King Institute of Preventive Medicine Bacteriolog. Section reports 1907-08
Year: 1907
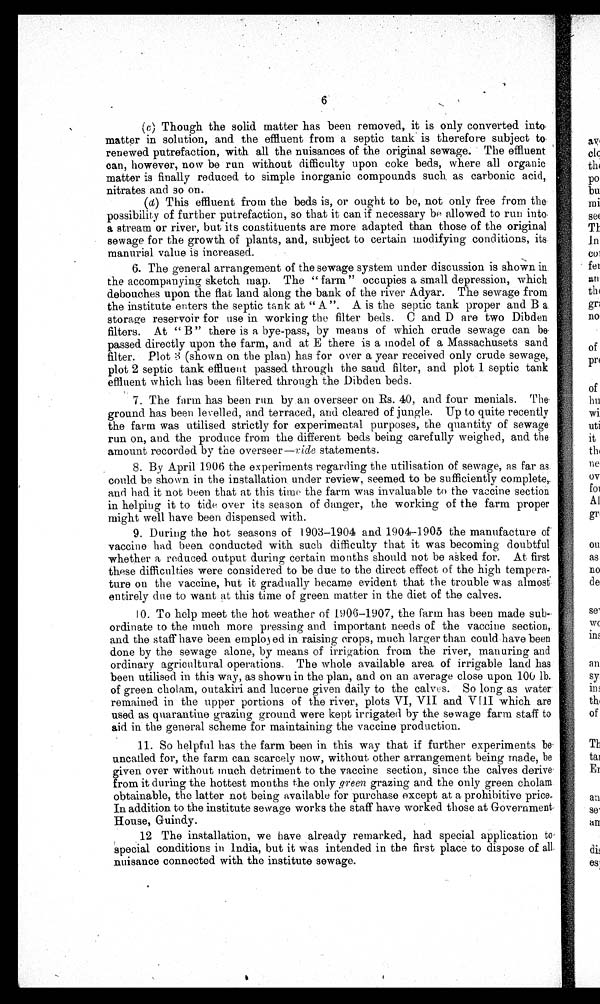
6
(c) Though the solid matter has been removed, it is only converted into
matter in solution, and the effluent from a septic tank is therefore subject
to renewed putrefaction, with all the nuisances of the original sewage. The effluent
can, however, now be run without difficulty upon coke beds, where all organic
matter is finally reduced to simple inorganic compounds such as carbonic acid,
nitrates and so on.
(d) This effluent from the beds is, or ought to be, not only free from the
possibility of further putrefaction, so that it can if necessary be allowed to run
into a stream or river, but its constituents are more adapted than those of the original
sewage for the growth of plants, and, subject to certain modifying conditions, its
manurial value is increased.
6. The general arrangement of the sewage system under discussion is shown in
the accompanying sketch map. The "farm" occupies a small depression, which
debouches upon the flat land along the bank of the river Adyar. The sewage from
the institute enters the septic tank at "A". A is the septic tank proper and B a
storage reservoir for use in working the filter beds. C and D are two Dibden
filters. At "B" there is a bye-pass, by means of which crude sewage can be
passed directly upon the farm, and at E there is a model of a Massachusets sand
filter. Plot 3 (shown on the plan) has for over a year received only crude sewage,
plot 2 septic tank effluent passed through the sand filter, and plot 1 septic tank
effluent which has been filtered through the Dibden beds.
7. The farm has been run by an overseer on Rs. 40, and four menials. The
ground has been levelled, and terraced, and cleared of jungle. Up to quite recently
the farm was utilised strictly for experimental purposes, the quantity of sewage
run on, and the produce from the different beds being carefully weighed, and the
amount recorded by the overseer— ride statements.
8. By April 1906 the experiments regarding the utilisation of sewage, as far as
could be shown in the installation under review, seemed to be sufficiently complete,
and had it not been that at this time the farm was invaluable to the vaccine section
in helping it to tide over its season of danger, the working of the farm proper
might well have been dispensed with.
9. During the hot seasons of 1903-1904 and 1904-1905 the manufacture of
vaccine had been conducted with such difficulty that it was becoming doubtful
whether a reduced output during certain months should not be asked for. At first
these difficulties were considered to be due to the direct effect of the high tempera-
ture on the vaccine, hut it gradually became evident that the trouble was almost
entirely due to want at this time of green matter in the diet of the calves.
10. To help meet the hot weather of 1906-1907, the farm has been made sub-
ordinate to the much more pressing and important needs of the vaccine section,
and the staff have been employed in raising crops, much larger than could have been
done by the sewage alone, by means of irrigation from the river, manuring and
ordinary agricultural operations. The whole available area of irrigable land has
been utilised in this way, as shown in the plan, and on an average close upon 100 lb.
of green cholam, outakiri and lucerne given daily to the calves. So long as water
remained in the upper portions of the river, plots VI, VII and VIII which are
used as quarantine grazing ground were kept irrigated by the sewage farm staff to
aid in the general scheme for maintaining the vaccine production.
11. So helpful has the farm been in this way that if further experiments be
uncalled for, the farm can scarcely now, without other arrangement being made, be
given over without much detriment to the vaccine section, since the calves derive
from it during the hottest months the only green grazing and the only green cholam
obtainable, the latter not being available for purchase except at a prohibitive price.
In addition to the institute sewage works the staff have worked those at Government.
House, Guindy.
12 The installation, we have already remarked, had special application to
special conditions in India, but it was intended in the first place to dispose of all
nuisance connected with the institute sewage.